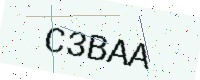
Text: C3BAA